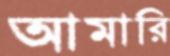
আমারি